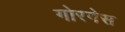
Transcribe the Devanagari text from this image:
गोरगेस